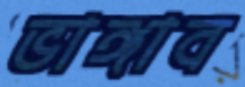
ভাঙ্গাব